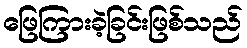
ဖြေကြားခဲ့ခြင်းဖြစ်သည်